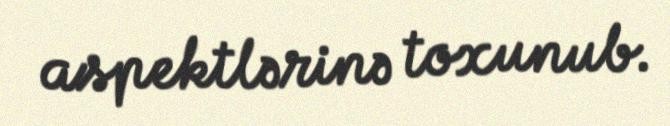
aspektlərinə toxunub.